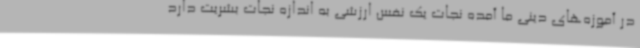
در آموزه‌های دینی ما آمده نجات یک نفس ارزشی به اندازه نجات بشریت دارد